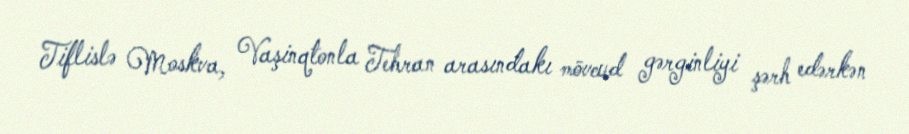
Tiflislə Moskva, Vaşinqtonla Tehran arasındakı mövcud gərginliyi şərh edərkən